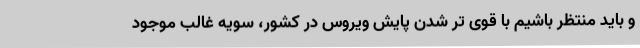
و باید منتظر باشیم با قوی تر شدن پایش ویروس در کشور، سویه غالب موجود